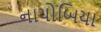
નાયોબિયા